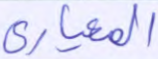
المعياري